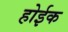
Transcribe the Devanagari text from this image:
होईक